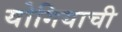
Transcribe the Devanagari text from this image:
योगियाची